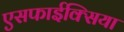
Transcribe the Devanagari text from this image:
एसफाईक्सिया